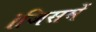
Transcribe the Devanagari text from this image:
।जिसमें